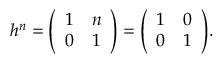
h ^ { n } = { \left( \begin{array} { l l } { 1 } & { n } \\ { 0 } & { 1 } \end{array} \right) } = { \left( \begin{array} { l l } { 1 } & { 0 } \\ { 0 } & { 1 } \end{array} \right) } .